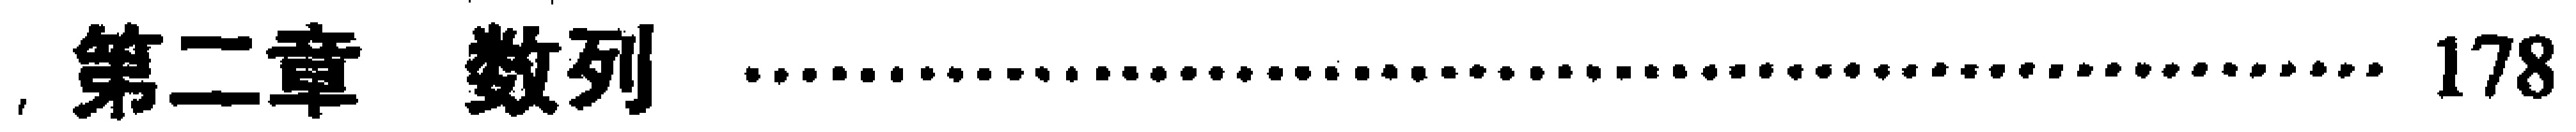
, 第二章 数列 \ldots\ldots\ldots\ldots\ldots\ldots\ldots\ldots\ldots\ldots\ldots\ldots\ldots\ldots\ldots\ldots\ldots\ldots\ldots\ldots 178